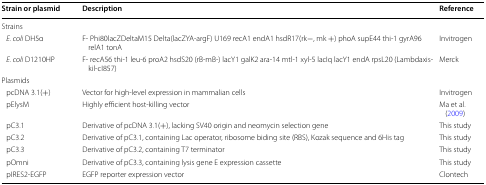
<table><thead><tr><td><b>Strain or plasmid</b></td><td><b>Description</b></td><td><b>Reference</b></td></tr></thead><tbody><tr><td colspan="3">Strains</td></tr><tr><td> <i>E. coli</i> DH5α</td><td>F- Phi80lacZDeltaM15 Delta(lacZYA-argF) U169 recA1 endA1 hsdR17(rk−, mk +) phoA supE44 thi-1 gyrA96 relA1 tonA</td><td>Invitrogen</td></tr><tr><td> <i>E. coli</i> D1210HP</td><td>F- recA56 thi-1 leu-6 proA2 hsdS20 (rB-mB-) lacY1 galK2 ara-14 mtl-1 xyl-5 lacIq lacY1 endA rpsL20 (Lambdaxis-kil-cI857)</td><td>Merck</td></tr><tr><td colspan="3">Plasmids</td></tr><tr><td> pcDNA 3.1(+)</td><td>Vector for high-level expression in mammalian cells</td><td>Invitrogen</td></tr><tr><td> pElysM</td><td>Highly efficient host-killing vector</td><td>Ma et al. (2009)</td></tr><tr><td> pC3.1</td><td>Derivative of pcDNA 3.1(+), lacking SV40 origin and neomycin selection gene</td><td>This study</td></tr><tr><td> pC3.2</td><td>Derivative of pC3.1, containing Lac operator, ribosome biding site (RBS), Kozak sequence and 6His tag</td><td>This study</td></tr><tr><td> pC3.3</td><td>Derivative of pC3.2, containing T7 terminator</td><td>This study</td></tr><tr><td> pOmni</td><td>Derivative of pC3.3, containing lysis gene E expression cassette</td><td>This study</td></tr><tr><td> pIRES2-EGFP</td><td>EGFP reporter expression vector</td><td>Clontech</td></tr></tbody></table>